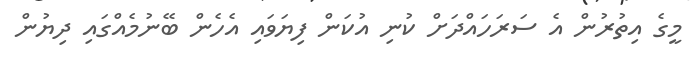
މީގެ އިތުުރުން އެ ސަރަހައްދަށް ކުނި އުކަން ފިޔަވައި އެހެން ބޭނުމެއްގައި ދިޔުން